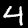
Label: 4